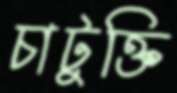
চাটুক্তি